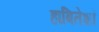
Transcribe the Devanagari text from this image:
हाबितेशॉ